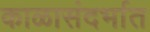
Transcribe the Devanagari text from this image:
काळासंदर्भात